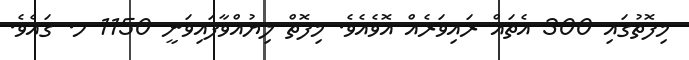
މިފޮތުގައި 300 އެތައް ރައިވަރެއް އޮވެއެވެ. މިފޮތް ލިޔުއްވާފައިވަނީ 1150 ހ. ގައެވެ.